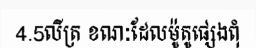
4.5លីត្រ ខណៈដែលម៉ូតូផ្សេងពុំ